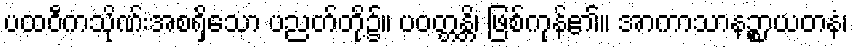
ပထဝီကသိုဏ်းအစရှိသော ပညတ်တို့၌။ ပဝတ္တန္တိ၊ ဖြစ်ကုန်၏။ အာကာသာနဉ္စာယတနံ၊